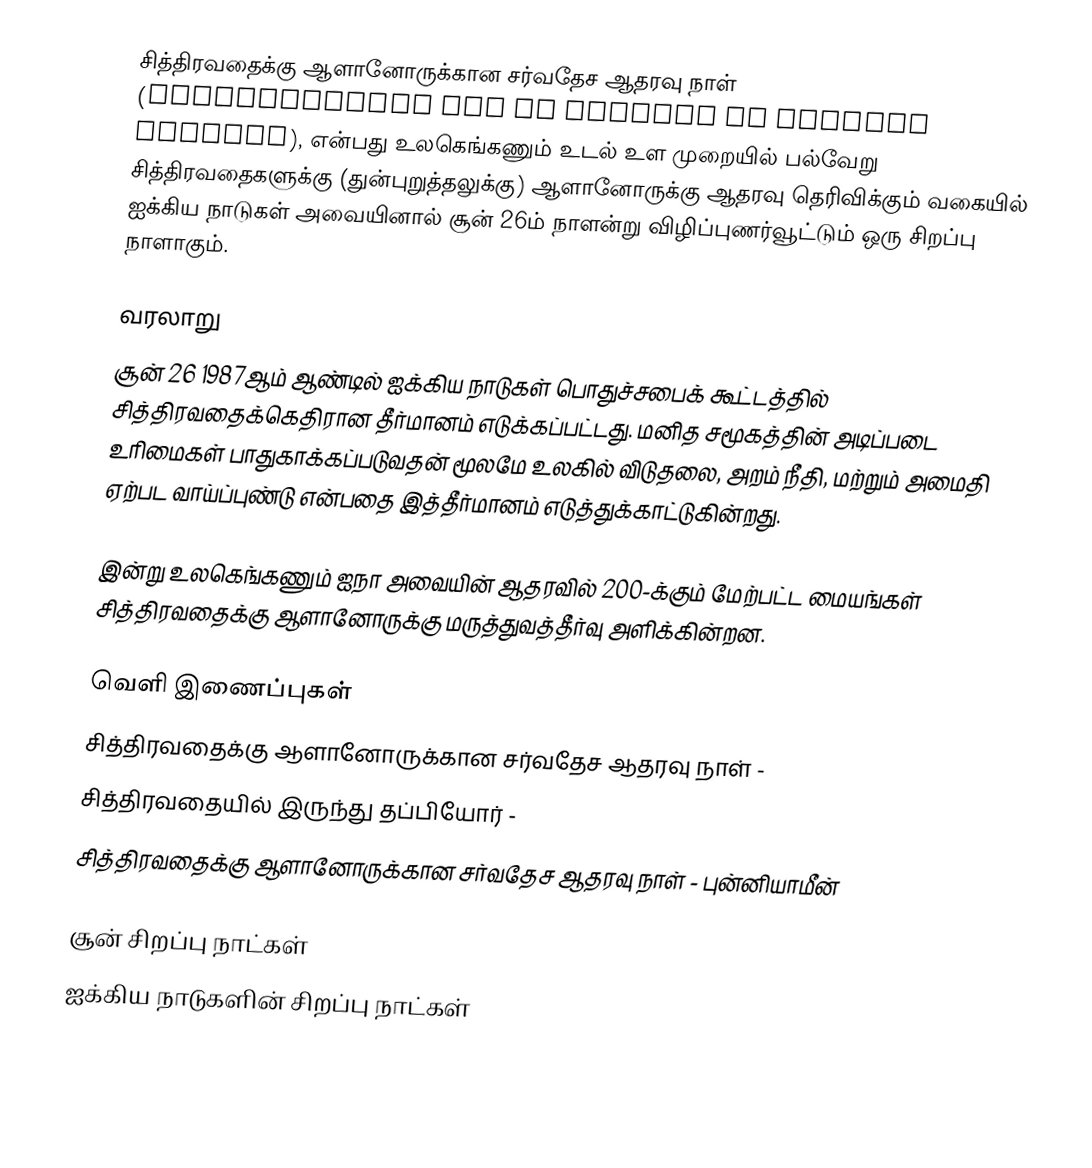
சித்திரவதைக்கு ஆளானோருக்கான சர்வதேச ஆதரவு நாள் (International Day in Support of Torture Victims), என்பது உலகெங்கணும்  உடல் உள முறையில் பல்வேறு சித்திரவதைகளுக்கு (துன்புறுத்தலுக்கு) ஆளானோருக்கு ஆதரவு தெரிவிக்கும் வகையில் ஐக்கிய நாடுகள் அவையினால் சூன் 26ம் நாளன்று விழிப்புணர்வூட்டும் ஒரு சிறப்பு நாளாகும்.

வரலாறு
சூன் 26 1987ஆம் ஆண்டில் ஐக்கிய நாடுகள் பொதுச்சபைக் கூட்டத்தில் சித்திரவதைக்கெதிரான தீர்மானம் எடுக்கப்பட்டது. மனித சமூகத்தின் அடிப்படை உரிமைகள் பாதுகாக்கப்படுவதன் மூலமே உலகில் விடுதலை, அறம் நீதி, மற்றும் அமைதி ஏற்பட வாய்ப்புண்டு என்பதை இத்தீர்மானம் எடுத்துக்காட்டுகின்றது.

இன்று உலகெங்கணும் ஐநா அவையின் ஆதரவில் 200-க்கும் மேற்பட்ட மையங்கள் சித்திரவதைக்கு ஆளானோருக்கு மருத்துவத்தீர்வு அளிக்கின்றன.

வெளி இணைப்புகள்
 சித்திரவதைக்கு ஆளானோருக்கான சர்வதேச ஆதரவு நாள் -
 சித்திரவதையில் இருந்து தப்பியோர் -
 சித்திரவதைக்கு ஆளானோருக்கான சர்வதேச ஆதரவு நாள் - புன்னியாமீன்

சூன் சிறப்பு நாட்கள்
ஐக்கிய நாடுகளின் சிறப்பு நாட்கள்